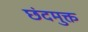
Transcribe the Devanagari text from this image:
छंदमुक्त